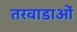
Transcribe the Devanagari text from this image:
तरवाडाओं